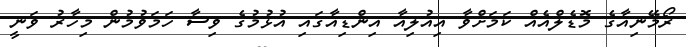
ރޯމޭނިއާގެ މޮޑެލްއެއް ކަމަށްވާ އިއުލިއާ އިންޑިއާގައި އުޅުމުގެ ވިސާ ހަމަވުމުން މިހާރު ވަނީ